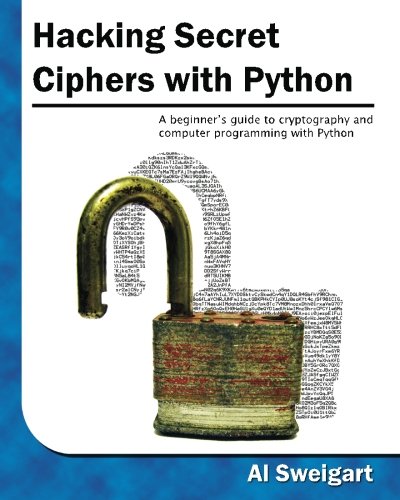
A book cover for Hacking Secret Ciphers with Python: A beginner's guide to cryptography and computer programming with Python; Al Sweigart; Computers & Technology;